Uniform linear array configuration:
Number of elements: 12
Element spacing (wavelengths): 0.75
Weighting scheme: exponential
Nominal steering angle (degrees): -45
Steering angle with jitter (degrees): -46.189
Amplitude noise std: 0.05
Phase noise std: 0.05

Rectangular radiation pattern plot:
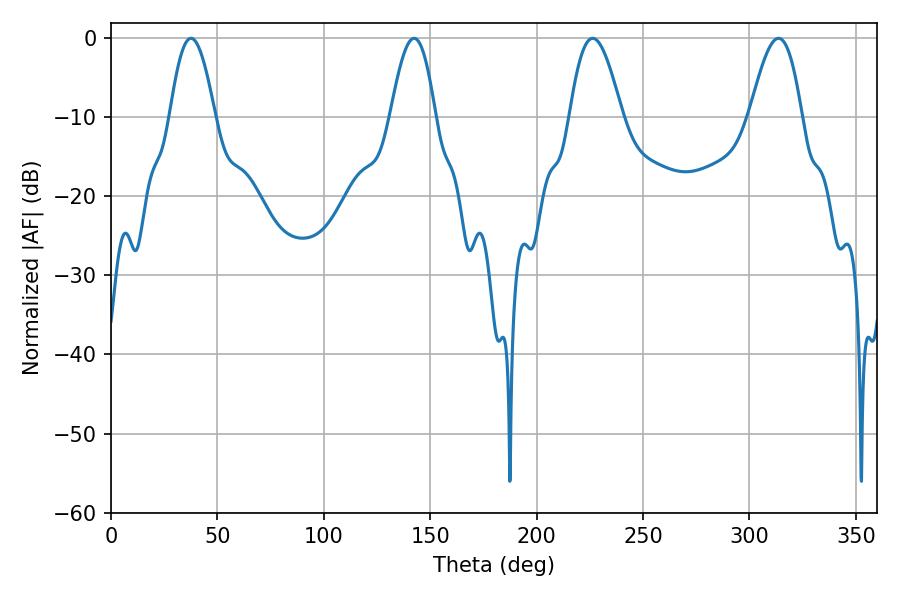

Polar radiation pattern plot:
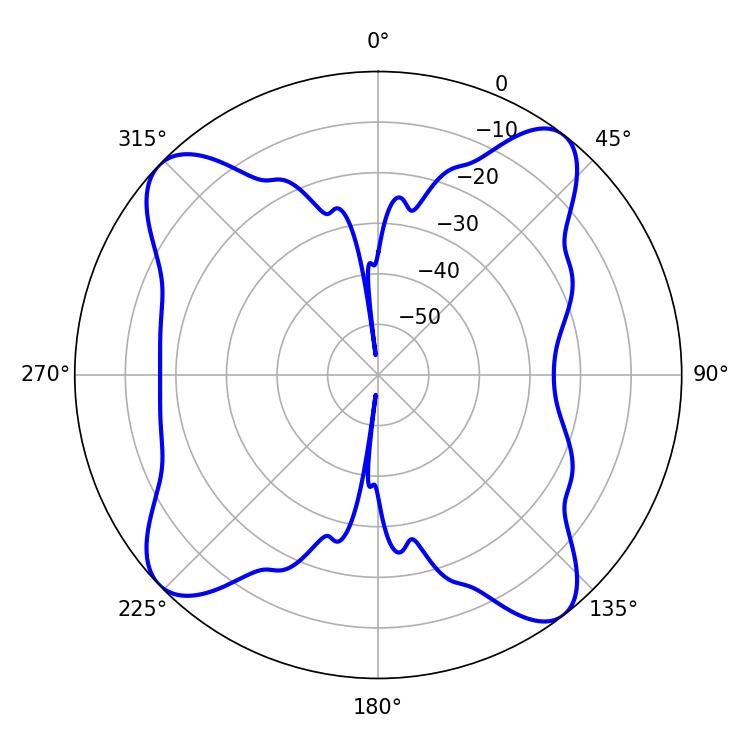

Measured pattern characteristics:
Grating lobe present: TRUE
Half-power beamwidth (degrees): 11.52
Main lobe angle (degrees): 37.62